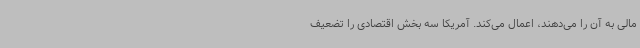
مالی به آن را می‌دهند، اعمال می‌کند. آمریکا سه بخش اقتصادی را تضعیف